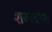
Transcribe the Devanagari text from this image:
शब्गदांश